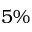
5 \%